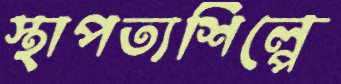
স্থাপত্যশিল্পে